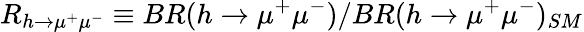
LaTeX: R_{h\to\mu^{+}\mu^{-}}\equiv BR(h\to\mu^{+}\mu^{-})/BR(h\to\mu^{+}\mu^{-})_{SM}